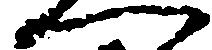
へ